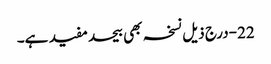
22-درج ذیل نسخہ بھی بیحدمفید ہے۔